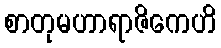
စာတုမဟာရာဇိကေဟိ